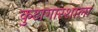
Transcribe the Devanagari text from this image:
कुटागारशाला